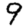
Digit: 9